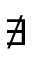
\nexists